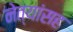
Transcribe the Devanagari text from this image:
नेत्यांसह